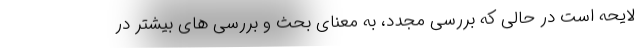
لایحه است در حالی که بررسی مجدد، به معنای بحث ‌و بررسی های بیشتر در